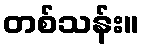
တစ်သန်း။